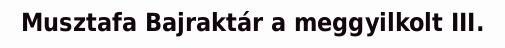
Musztafa Bajraktár a meggyilkolt III.